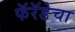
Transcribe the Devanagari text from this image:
फॅरॅडेचा